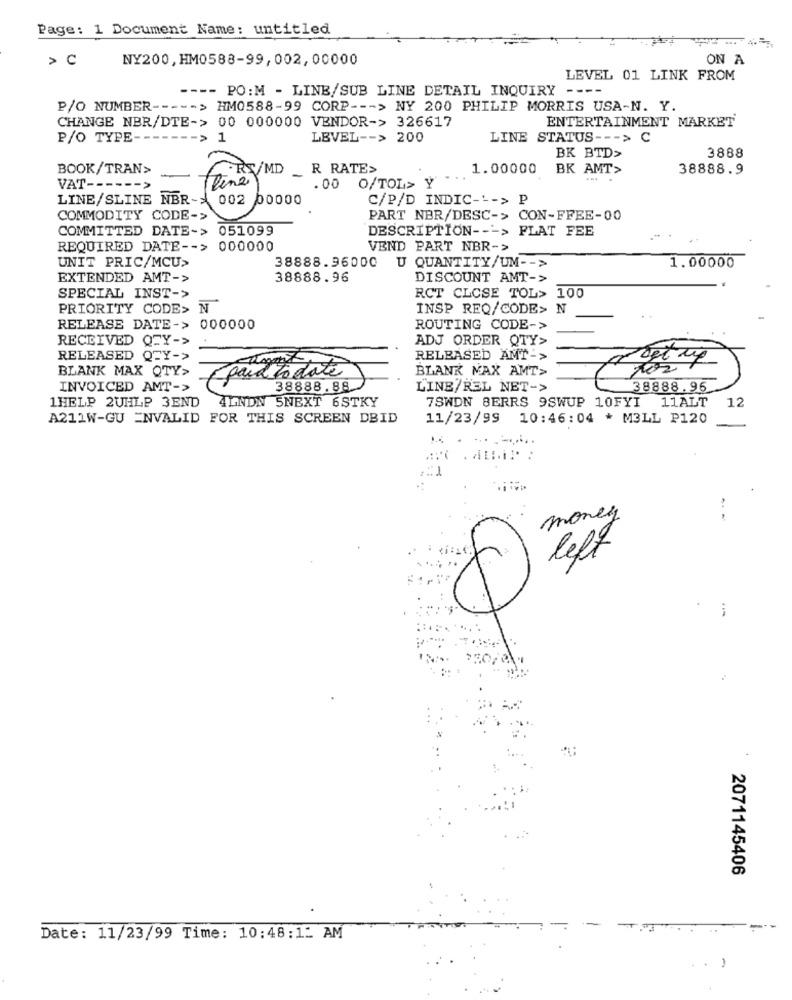
Page: 1 Document Name: untitled
>C
NY200, HM0588-99,002, 00000
ON A
LEVEL 01 LINK FROM
--- PO:M - LINE/SUB LINE DETAIL INQUIRY ---
P/O NUMBER ----- > HM0588-99 CORP --- > NY 200 PHILIP MORRIS USA-N. Y.
CHANGE NBR/DTE-> 00 000000 VENDOR-> 326617
ENTERTAINMENT MARKET
P/O TYPE-
-- > 1
LEVEL -- > 200
LINE STATUS --- >
U
3888
BK BTD>
BOOK/TRAN>
RS/MD _R RATE>
1.00000
BK AMT>
38888.9
.00 O/TOL> Y
VAT ---
LINE/SLINE NBR- 002 00000
C/P/D INDIC --- > P
COMMODITY CODE->
PART NBR/DESC-> CON-FFEE-00
COMMITTED DATE-> 051099
DESCRIPTION --- > FLAT FEE
REQUIRED DATE -- > 000000
VEND PART NBR->
UNIT PRIC/MCU>
38888.96000 U QUANTITY/UM -- >
1.00000
EXTENDED AMT->
38888.96
DISCOUNT AMT->
SPECIAL INST->
RCT CLOSE TOL> 100
PRIORITY CODE> N
INSP REQ/CODE> N
RELEASE DATE->
000000
ROUTING CODE->
RECEIVED QFY->
ADJ ORDER QTY>
RELEASED QTY->
RELEASED AMT->
BLANK MAX QTY>
(paidtodate
BLANK MAX AMT>
INVOICED AMT->
38888.88
LINE/REL NET->
38888.96
1HELP 2UHLP 3END 4LNDN SNEXT 6STKY
7SWDN SERRS 9SWUP 10FYI 11ALT
12
A211W-GU ENVALID FOR THIS SCREEN DBID
11/23/99
10:46:04 * M3LL P120
money
left
2071145406
-IT
Date: 11/23/99 Time: 10:48:12 AM